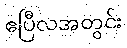
ဧပြီလအတွင်း